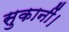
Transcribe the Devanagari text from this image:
सुकानीं।